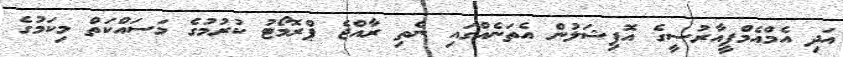
އަދި އެމްއެމްޕީއާރުސީގެ އޮފިޝަލުން އެތަނެއްގައި ނެތި ރާއްޖެ ޕްރޮމޯޓު ކުރުމުގެ މަސައްކަތް މިކަމުގެ